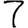
Digit: 7